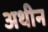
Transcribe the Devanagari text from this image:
अथीन